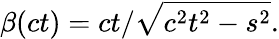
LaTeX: \beta(ct)=ct/{\sqrt{c^{2}t^{2}-s^{2}}}.